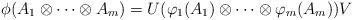
LaTeX: \begin{align*}\phi(A_1\otimes\cdots\otimes A_m)=U(\varphi_1(A_1)\otimes\cdots\otimes \varphi_m(A_m))V\end{align*}